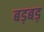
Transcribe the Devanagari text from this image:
बड़बड़